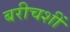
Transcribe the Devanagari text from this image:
बरीचशीं